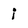
Character: i